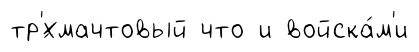
тр'́хмачтовый что и войска́м'и